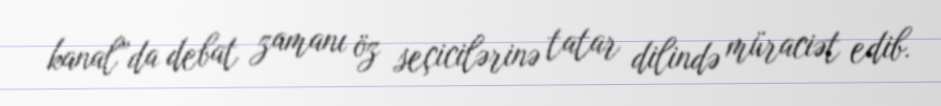
kanal”da debat zamanı öz seçicilərinə tatar dilində müraciət edib.